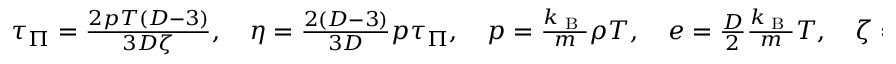
\begin{array} { r } { \tau _ { \Pi } = \frac { 2 p T ( D - 3 ) } { 3 D \zeta } , \quad \eta = \frac { 2 ( D - 3 ) } { 3 D } p \tau _ { \Pi } , \quad p = \frac { k _ { \textrm { B } } } { m } \rho T , \quad e = \frac { D } { 2 } \frac { k _ { \textrm { B } } } { m } T , \quad \zeta = \zeta ( \rho , T ) > 0 \ \ \textrm { f o r a n y } \ \ \{ \rho , T \} . } \end{array}